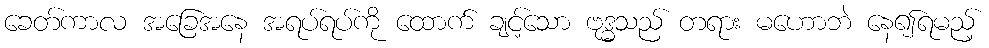
ခေတ်ကာလ အခြေအနေ အရပ်ရပ်ကို ထောက် ချင့်သော ဗုဒ္ဓသည် တရား မဟောဘဲ နေ၍ရမည့်